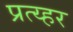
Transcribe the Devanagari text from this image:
प्रत्य्हर